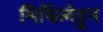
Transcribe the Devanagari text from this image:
मिथिलेहून